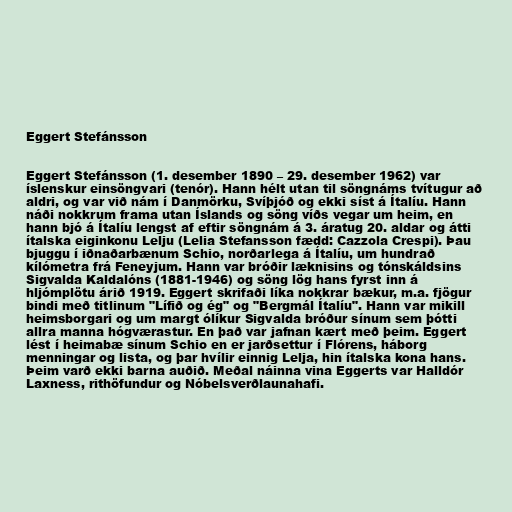
Eggert Stefánsson

Eggert Stefánsson (1. desember 1890 – 29. desember 1962) var
íslenskur einsöngvari (tenór). Hann hélt utan til söngnáms tvítugur að
aldri, og var við nám í Danmörku, Svíþjóð og ekki síst á Ítalíu. Hann
náði nokkrum frama utan Íslands og söng víðs vegar um heim, en
hann bjó á Ítalíu lengst af eftir söngnám á 3. áratug 20. aldar og átti
ítalska eiginkonu Lelju (Lelia Stefansson fædd: Cazzola Crespi). Þau
bjuggu í iðnaðarbænum Schio, norðarlega á Ítalíu, um hundrað
kílómetra frá Feneyjum. Hann var bróðir læknisins og tónskáldsins
Sigvalda Kaldalóns (1881-1946) og söng lög hans fyrst inn á
hljómplötu árið 1919. Eggert skrifaði líka nokkrar bækur, m.a. fjögur
bindi með titlinum "Lífið og ég" og "Bergmál Ítalíu". Hann var mikill
heimsborgari og um margt ólíkur Sigvalda bróður sínum sem þótti
allra manna hógværastur. En það var jafnan kært með þeim. Eggert
lést í heimabæ sínum Schio en er jarðsettur í Flórens, háborg
menningar og lista, og þar hvílir einnig Lelja, hin ítalska kona hans.
Þeim varð ekki barna auðið. Meðal náinna vina Eggerts var Halldór
Laxness, rithöfundur og Nóbelsverðlaunahafi.